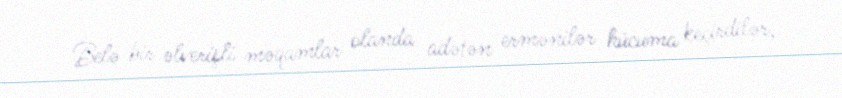
Belə bir əlverişli məqamlar olanda adətən ermənilər hücuma keçirdilər,